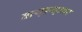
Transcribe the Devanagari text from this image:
वाय्‌एस्‌आर